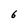
Character: 6